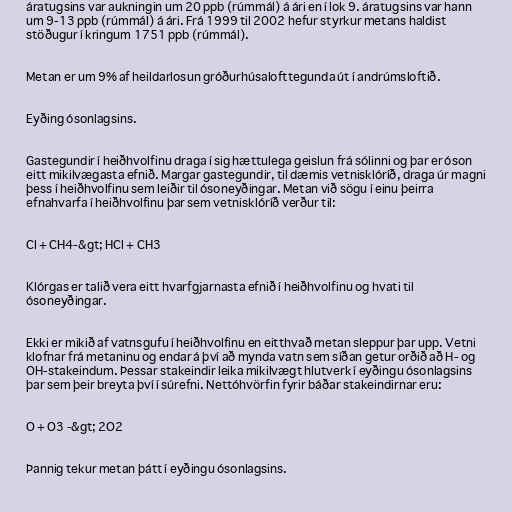
áratugsins var aukningin um 20 ppb (rúmmál) á ári en í lok 9. áratugsins var hann
um 9-13 ppb (rúmmál) á ári. Frá 1999 til 2002 hefur styrkur metans haldist
stöðugur í kringum 1751 ppb (rúmmál).

Metan er um 9% af heildarlosun gróðurhúsalofttegunda út í andrúmsloftið.

Eyðing ósonlagsins.

Gastegundir í heiðhvolfinu draga í sig hættulega geislun frá sólinni og þar er óson
eitt mikilvægasta efnið. Margar gastegundir, til dæmis vetnisklóríð, draga úr magni
þess í heiðhvolfinu sem leiðir til ósoneyðingar. Metan við sögu í einu þeirra
efnahvarfa í heiðhvolfinu þar sem vetnisklóríð verður til:

Cl + CH4-&gt; HCl + CH3

Klórgas er talið vera eitt hvarfgjarnasta efnið í heiðhvolfinu og hvati til
ósoneyðingar.

Ekki er mikið af vatnsgufu í heiðhvolfinu en eitthvað metan sleppur þar upp. Vetni
klofnar frá metaninu og endar á því að mynda vatn sem síðan getur orðið að H- og
OH-stakeindum. Þessar stakeindir leika mikilvægt hlutverk í eyðingu ósonlagsins
þar sem þeir breyta því í súrefni. Nettóhvörfin fyrir báðar stakeindirnar eru:

O + O3 -&gt; 2O2

Þannig tekur metan þátt í eyðingu ósonlagsins.